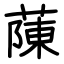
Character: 蔯